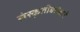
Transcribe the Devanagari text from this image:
संस्कृतीबरोबरचे